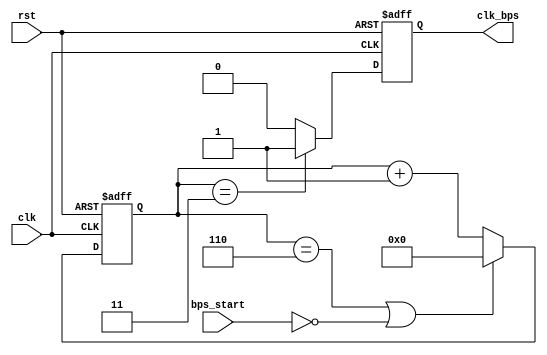
module speed_select_tx(clk,rst,bps_start,clk_bps);

input clk;	// 50MHz
input rst;	//
input bps_start;	//
output clk_bps;	// clk_bps 

`define bps_para    6 
`define bps_para_1  3

reg[12:0] cnt;
reg clk_bps_r;
reg[2:0]uart_ctrl;

always@(posedge clk or negedge rst)
if(!rst) cnt <=13'd0;
else if((cnt==`bps_para)||!bps_start) cnt<=13'd0;
else cnt<=cnt+13'd1;

always@(posedge clk or negedge rst)
if(!rst) clk_bps_r <=1'b0;
else if(cnt==`bps_para_1) clk_bps_r<=1'b1;
else clk_bps_r <=1'b0;

assign clk_bps=clk_bps_r; 
endmodule